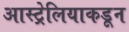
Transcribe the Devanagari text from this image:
आस्ट्रेलियाकडून